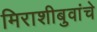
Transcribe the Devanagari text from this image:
मिराशीबुवांचे